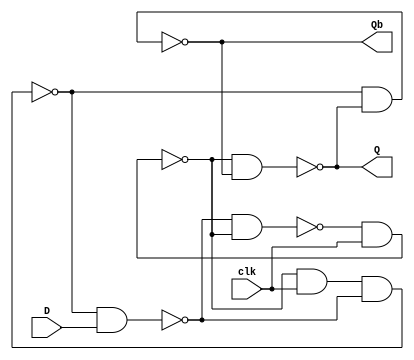
module D_FF_Pos_Trig(D,clk,Q,Qb);

input D,clk;
output Q,Qb;

wire [1:0]w;
wire Sb,Rb;

nand N1(w[1],w[0],Sb);
nand N2(Sb,w[1],clk);

nand N3(Rb,Sb,clk,w[0]);
nand N4(w[0],Rb,D);

nand N5(Q,Sb,Qb);
nand N6(Qb,Rb,Q);

endmodule